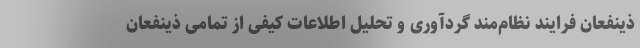
ذینفعان فرایند نظام‌مند گردآوری و تحلیل اطلاعات کیفی از تمامی ذینفعان